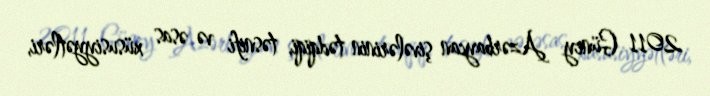
2011 Güney Azərbaycan şivələrinin tədqiqi, təsnifi və əsas xüsusiyyətləri,